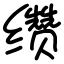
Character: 缵